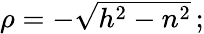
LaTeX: \textstyle\rho=-{\sqrt{h^{2}-n^{2}}}\, ;